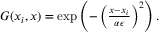
\begin{array} { r } { G ( x _ { i } , x ) = \exp \left( - \left( \frac { x - x _ { i } } { \alpha \epsilon } \right) ^ { 2 } \right) . } \end{array}